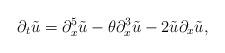
LaTeX: \begin{align*}\partial_{t}\tilde{u}=\partial_{x}^{5}\tilde{u}-\theta\partial_{x}^{3}\tilde{u}-2\tilde{u}\partial_{x}\tilde{u},\end{align*}